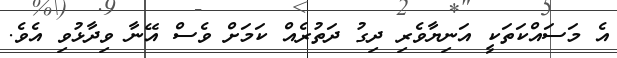
އެ މަސައްކަތަކީ އަނިޔާވެރި ދިގު ދަތުރެއް ކަމަށް ވެސް އޭނާ ވިދާޅުވި އެވެ.